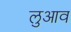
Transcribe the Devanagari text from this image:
लुआव